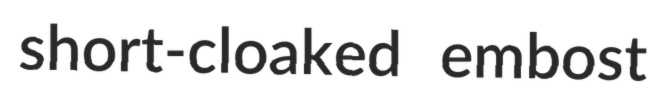
short-cloaked embost